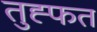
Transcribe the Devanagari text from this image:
तुह्फत